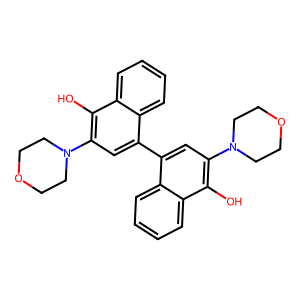
SMILES: Oc1c(N2CCOCC2)cc(-c2cc(N3CCOCC3)c(O)c3ccccc23)c2ccccc12
Inhibits HIV replication: Yes